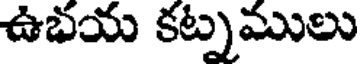
ఉభయ కట్నములు